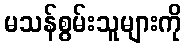
မသန်စွမ်းသူများကို